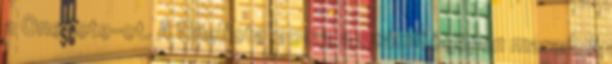
a OneNote-ot. A OneNote 2003 a számítógépen marad. A